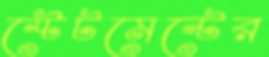
স্টেটমেন্টের